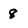
Character: 8